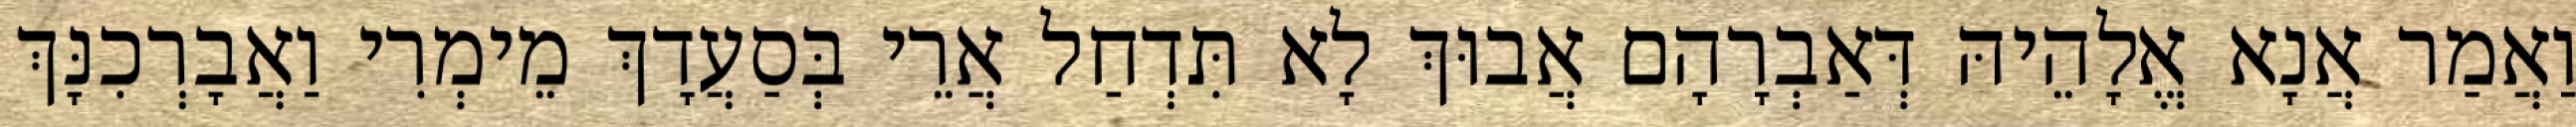
וַאֲמַר אֲנָא אֱלָהֵיהּ דְּאַבְרָהָם אֲבוּךְ לָא תִּדְחַל אֲרֵי בְּסַעֲדָךְ מֵימְרִי וַאֲבָרְכִנָּךְ